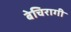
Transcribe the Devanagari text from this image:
बेचिरागी